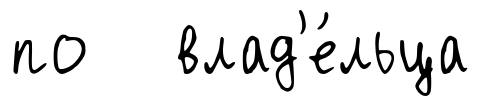
по влад'е́льца